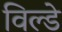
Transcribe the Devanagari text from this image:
विल्डे